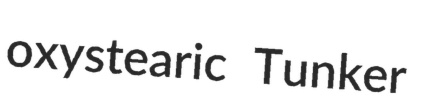
oxystearic Tunker